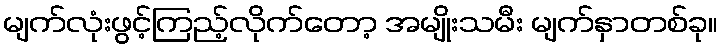
မျက်လုံးဖွင့်ကြည့်လိုက်တော့ အမျိုးသမီး မျက်နှာတစ်ခု။